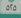
٥ ٢ ٥